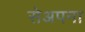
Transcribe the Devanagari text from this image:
सेअपना